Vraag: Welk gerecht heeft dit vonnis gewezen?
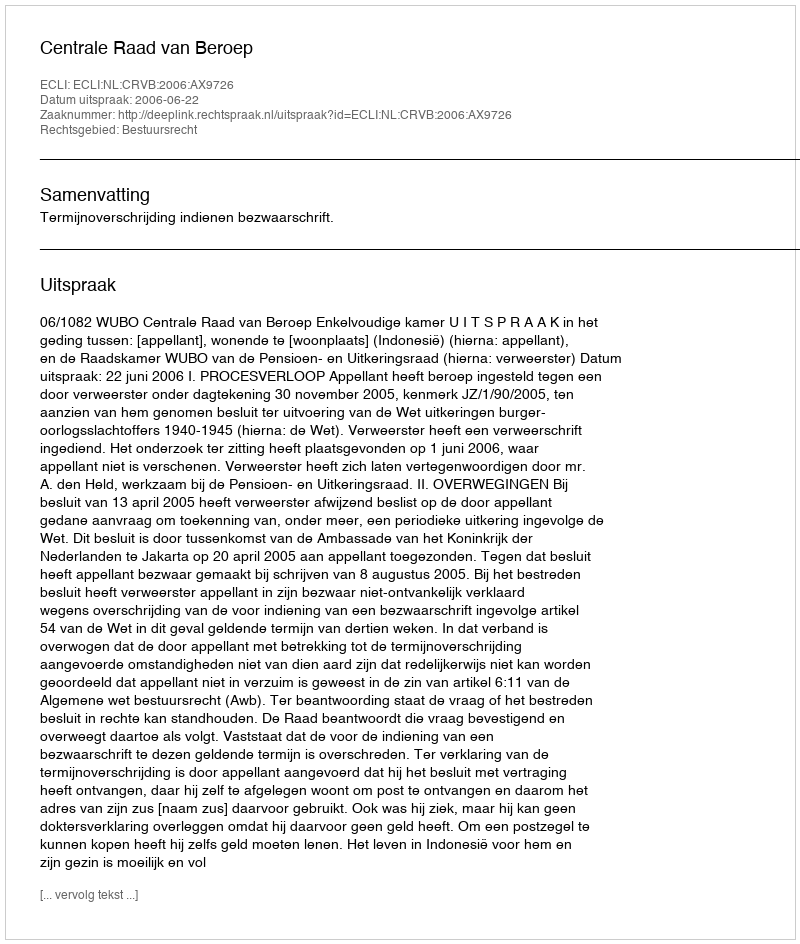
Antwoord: Centrale Raad van Beroep